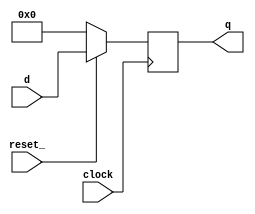
module FFD_resettable(clock, reset_, d, q);
   parameter WIDTH = 32;
   input  [WIDTH-1:0] d;
   input clock, reset_;
   output [WIDTH-1:0] q;
   reg [WIDTH-1:0] q;
   always @(posedge clock)
      #1.2 if (!reset_) q <= 0;
      else q <= d;
endmodule